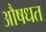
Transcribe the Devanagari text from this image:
औषधत